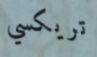
تريكسي